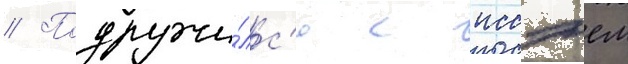
// Подружи́лс'я с иссэем